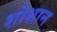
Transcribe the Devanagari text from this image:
शोशान